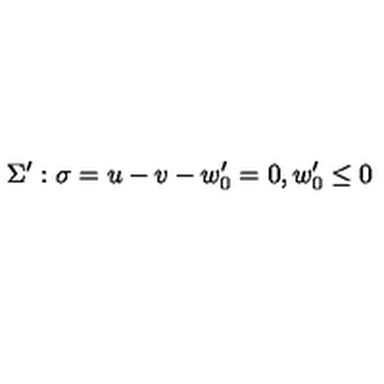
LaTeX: \Sigma ^ { \prime } : \sigma = u - v - w _ { 0 } ^ { \prime } = 0 , w _ { 0 } ^ { \prime } \leq 0